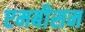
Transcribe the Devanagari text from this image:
एमबीसन